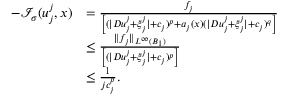
\begin{array} { r l } { - { \mathcal I } _ { \sigma } ( u _ { j } ^ { j } , x ) } & { = \frac { f _ { j } } { \left[ ( | D u _ { j } ^ { j } + \xi _ { j } ^ { j } | + c _ { j } ) ^ { p } + a _ { j } ( x ) ( | D u _ { j } ^ { j } + \xi _ { j } ^ { j } | + c _ { j } ) ^ { q } \right] } } \\ & { \leq \frac { \| f _ { j } \| _ { L ^ { \infty } ( B _ { 1 } ) } } { \left[ ( | D u _ { j } ^ { j } + \xi _ { j } ^ { j } | + c _ { j } ) ^ { p } \right] } } \\ & { \leq \frac { 1 } { j c _ { j } ^ { p } } . } \end{array}